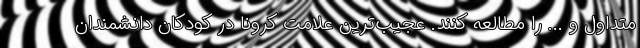
متداول و ... را مطالعه کنند. عجیب‌ترین علامت کرونا در کودکان دانشمندان